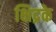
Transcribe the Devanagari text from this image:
क्षिद्रके